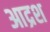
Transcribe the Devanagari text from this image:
आद्रश